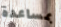
بمساعدة